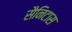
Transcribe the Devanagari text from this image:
सैनिटास